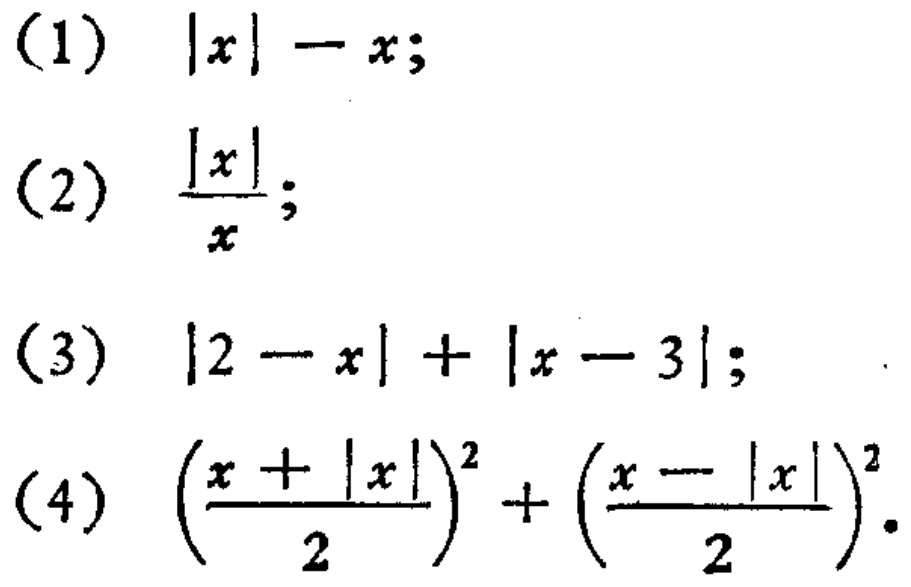
(1) \(|x|-x\);
(2) \(\frac{|x|}{x}\);
(3) \(|2 - x|+|x - 3|\);
(4) \((\frac{x + |x|}{2})^2+(\frac{x - |x|}{2})^2\).